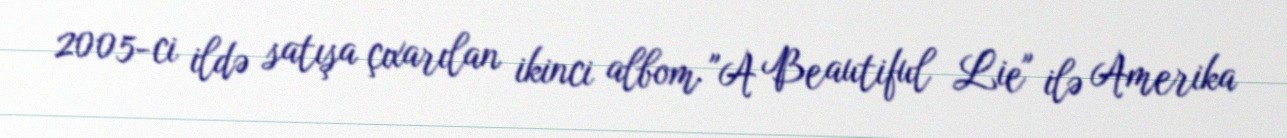
2005-ci ildə satışa çıxarılan ikinci albom "A Beautiful Lie" ilə Amerika